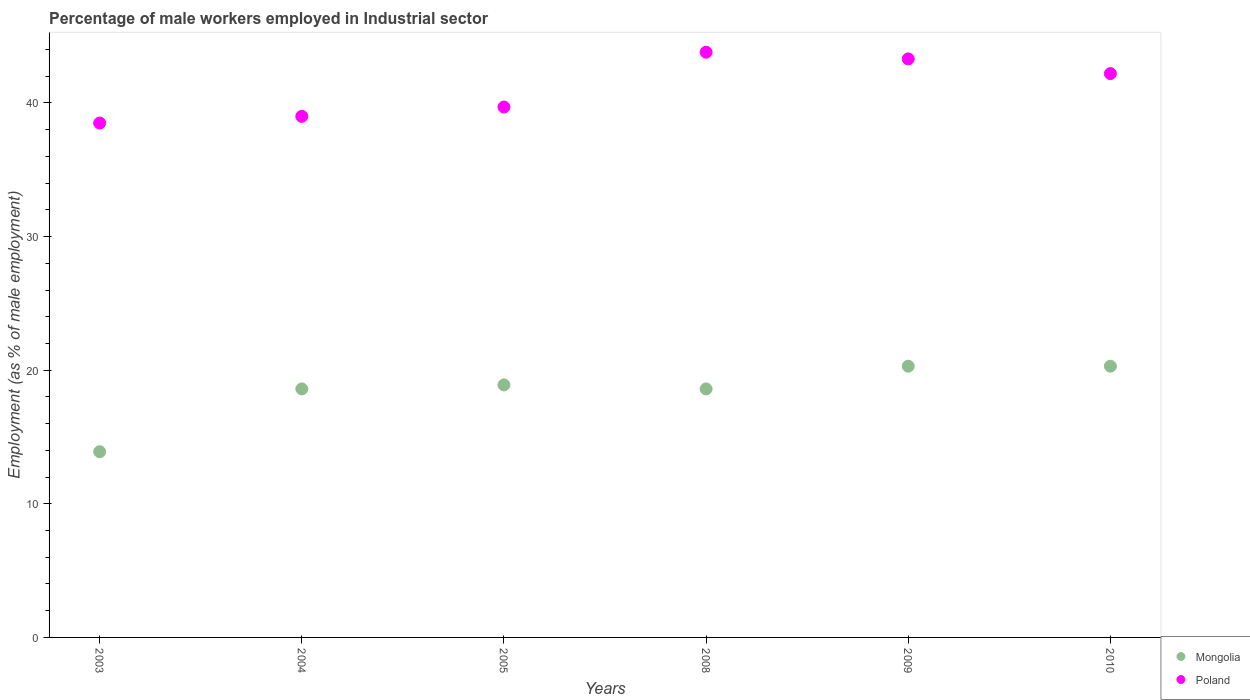
| Years | Mongolia | Poland |
 | --- | --- | --- |
 | 2003 | 13.9 | 38.5 |
 | 2004 | 18.6 | 39 |
 | 2005 | 18.9 | 39.7 |
 | 2008 | 18.6 | 43.8 |
 | 2009 | 20.3 | 43.3 |
 | 2010 | 20.3 | 42.2 |